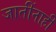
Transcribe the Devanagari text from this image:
जातींनाही